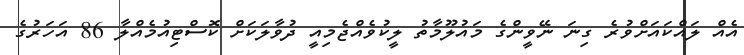
އެއް ލައްކައަށްވުރެ ގިނަ ނޭވީންގެ މައުލޫމާތު ލީކުވެއްޖެމިއީ ދުވާލަކަށް ކޮސްޓިއުމެއްލާ 86 އަހަރުގެ